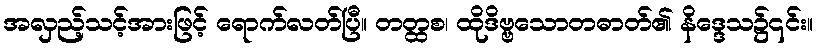
အလှည့်သင့်အားဖြင့် ရောက်လတ်ပြီ။ တတ္ထစ၊ ထိုဒိဗ္ဗသောတဓာတ်၏ နိဒ္ဒေသ၌၎င်း။